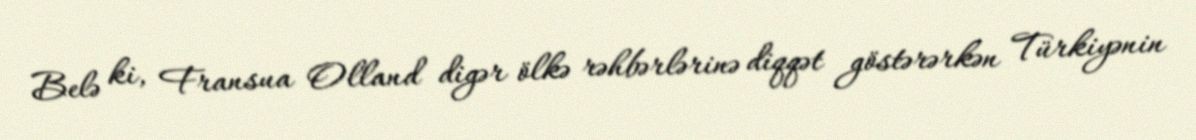
Belə ki, Fransua Olland digər ölkə rəhbərlərinə diqqət göstərərkən Türkiyənin